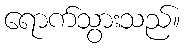
ရောက်သွားသည်။